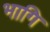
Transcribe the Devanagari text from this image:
भागि